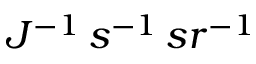
J ^ { - 1 } \, s ^ { - 1 } \, s r ^ { - 1 }